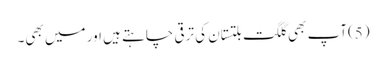
(5)آپ بھی گلگت بلتستان کی ترقی چاہتے ہیں اور میں بھی۔